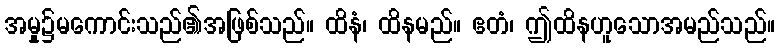
အမှု၌မကောင်းသည်၏အဖြစ်သည်။ ထိနံ၊ ထိနမည်။ ဧတံ၊ ဤထိနဟူသောအမည်သည်။